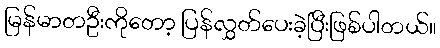
မြန်မာတဦးကိုတော့ ပြန်လွှတ်ပေးခဲ့ပြီးဖြစ်ပါတယ်။